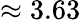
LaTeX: \approx 3.63